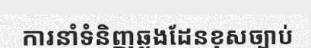
ការនាំទំនិញឆ្លងដែនខុសច្បាប់